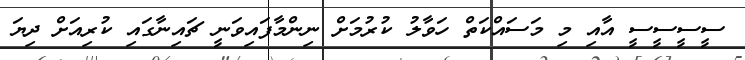
ސީސީސީސީ އާއި މި މަސައްކަތް ހަވާލު ކުރުމަށް ނިންމާފައިވަނީ ޗައިނާގައި ކުރިއަށް ދިޔަ